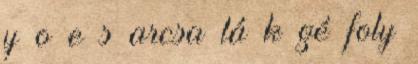
y o e s arcsa lá k gé foly